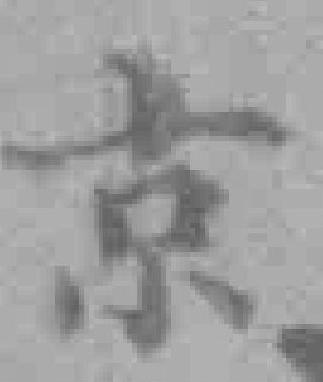
京